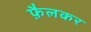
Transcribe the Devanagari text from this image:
फ़ैलकर